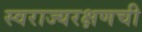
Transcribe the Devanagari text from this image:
स्वराज्यरक्षणची